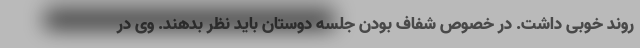
روند خوبی داشت. در خصوص شفاف بودن جلسه دوستان باید نظر بدهند. وی در